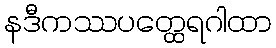
နဒီကဿပတ္ထေရဂါထာ